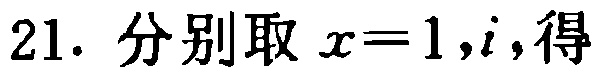
21. 分别取 \(x = 1,i\)，得